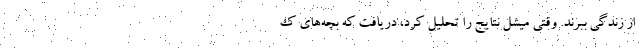
از زندگی ببرند. وقتی میشل نتایج را تحلیل کرد، دریافت که بچه‌های ک